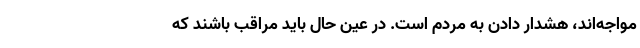
مواجه‌اند، هشدار دادن به مردم است. در عین حال باید مراقب باشند که